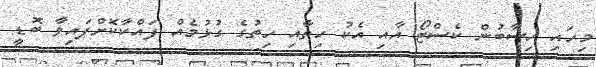
މިހައި ހިސާބުން ކެސްޓޯ އާއި އެކު ހިތާއި ހިތުގެ ގުޅުމެއް ފައްކާކޮށްފައިވާ ބޮޑީ